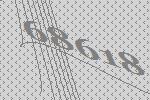
68618